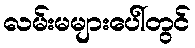
လမ်းမများပေါ်တွင်